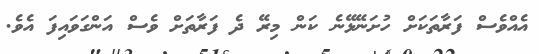
އެއްވެސް ފަރާތަކަށް ހުށަނޭޅޭނެ ކަން މިރޭ ދެ ފަރާތަށް ވެސް އަންގަވައިފަ އެވެ.